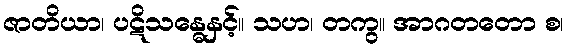
ဇာတိယာ၊ ပဋိသန္ဓေနှင့်။ သဟ၊ တကွ။ အာဂတတော စ၊